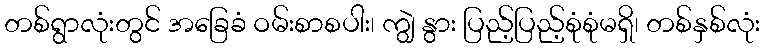
တစ်ရွာလုံးတွင် အခြေခံ ဝမ်းစာစပါး၊ ကျွဲ နွား ပြည့်ပြည့်စုံစုံမရှိ၊ တစ်နှစ်လုံး